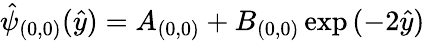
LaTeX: \hat{\psi}_{(0,0)}(\hat{y})=A_{(0,0)}+B_{(0,0)}\exp{(-2\hat{y})}